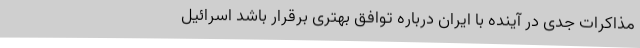
مذاکرات جدی در آینده با ایران درباره توافق بهتری برقرار باشد اسرائیل